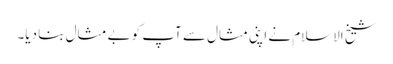
شیخ الاسلام نے اپنی مثال سے آپ کو بے مثال بنا دیا۔